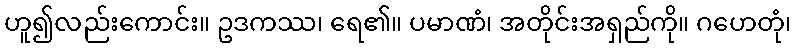
ဟူ၍လည်းကောင်း။ ဥဒကဿ၊ ရေ၏။ ပမာဏံ၊ အတိုင်းအရှည်ကို။ ဂဟေတုံ၊